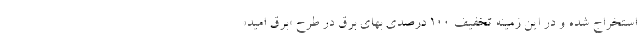
استخراج شده و در این زمینه تخفیف ۱۰۰ درصدی بهای برق در طرح «برق امید»